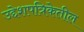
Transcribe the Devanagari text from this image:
उद्देशपत्रिकेतील